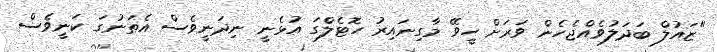
"ޒައުލް ބަދަލުވެއްޖެހެން ވަރަށް ހީވޭ މާގިނައިރު ހޮޓެލްގަ އުޅެނީ ނިދަނީވެސް އެތަނުގަ ކަނީވެސް